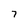
Character: 7